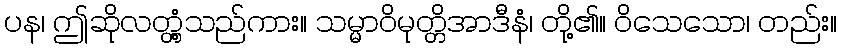
ပန၊ ဤဆိုလတ္တံ့သည်ကား။ သမ္မာဝိမုတ္တိအာဒီနံ၊ တို့၏။ ဝိသေသော၊ တည်း။